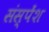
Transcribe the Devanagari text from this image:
संस्‍पेंश